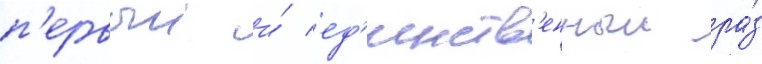
п'ервыи и́ ед'инств'енныи ра́з